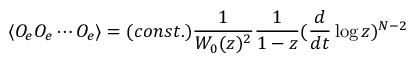
\langle { \cal O } _ { e } { \cal O } _ { e } \cdots { \cal O } _ { e } \rangle = ( c o n s t . ) \frac { 1 } { W _ { 0 } ( z ) ^ { 2 } } \frac { 1 } { 1 - z } ( \frac { d } { d t } \log z ) ^ { N - 2 }